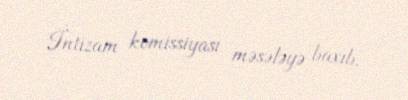
İntizam komissiyası məsələyə baxıb.